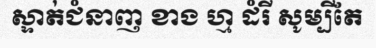
ស្ទាត់ជំនាញ ខាង ហ្ម ដំរី សូម្បីតែ